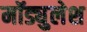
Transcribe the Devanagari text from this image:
मॉड्युलेश